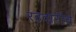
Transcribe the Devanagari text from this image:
रहदारीचे